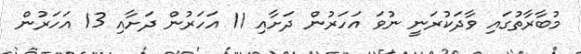
މުބާރާތުގައި ވާދަކުރަނީ ނުވަ އަހަރުން ދަށާއި 11 އަހަރުން ދަށާއި 13 އަހަރުން